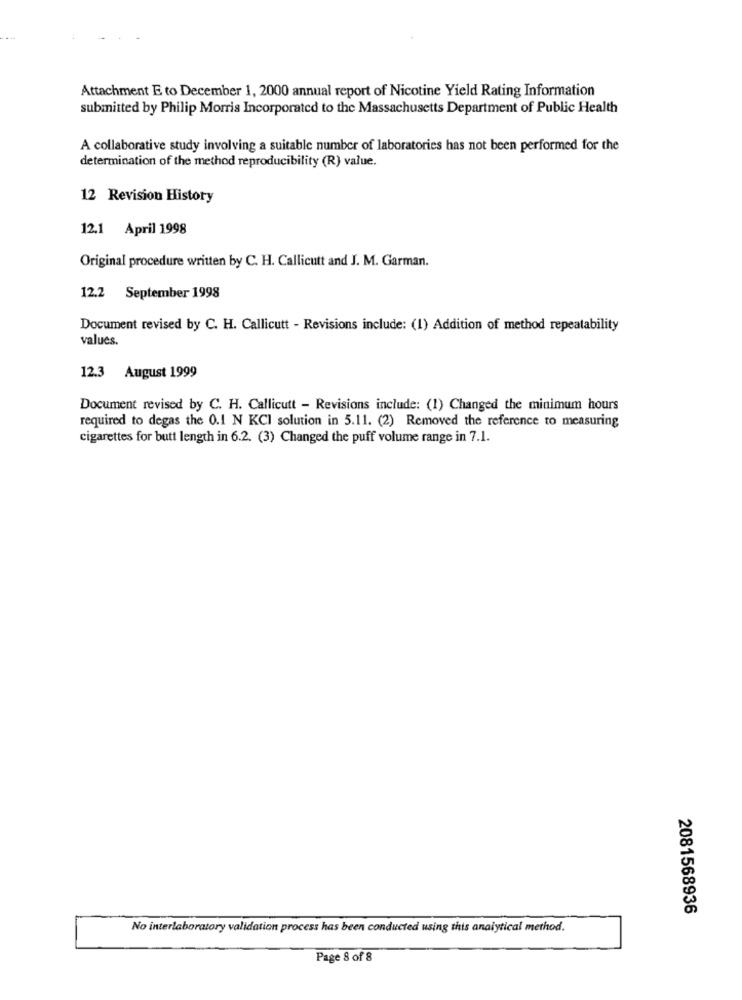
Attachment E to December 1, 2000 annual report of Nicotine Yield Rating Information
submitted by Philip Morris Incorporated to the Massachusetts Department of Public Health
A collaborative study involving a suitable number of laboratories has not been performed for the
determination of the method reproducibility (R) value.
12 Revision History
12.1 April 1998
Original procedure written by C. H. Callicutt and J. M. Garman.
12.2 September 1998
Document revised by C. H. Callicutt - Revisions include: (1) Addition of method repeatability
values.
12.3 August 1999
Document revised by C. H. Callicutt - Revisions include: (1) Changed the minimum hours
required to degas the 0.1 N KCI solution in 5.11. (2) Removed the reference to measuring
cigarettes for butt length in 6.2. (3) Changed the puff volume range in 7.1.
2081568936
No interlaboratory validation process has been conducted using this analytical method.
Page 8 of 8